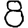
Digit: 8